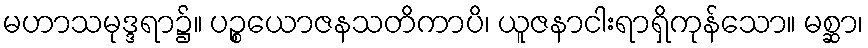
မဟာသမုဒ္ဒရာ၌။ ပဉ္စယောဇနသတိကာပိ၊ ယူဇနာငါးရာရှိကုန်သော။ မစ္ဆာ၊